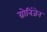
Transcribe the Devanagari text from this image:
ग्रोनिंजेन